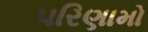
પરિણામો